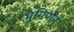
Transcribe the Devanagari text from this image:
भूमिपोन